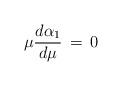
LaTeX: \begin{align*}\mu {d \alpha_{1} \over d \mu} \,=\, 0\end{align*}